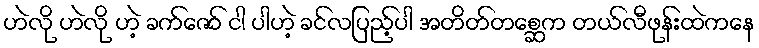
ဟဲလို ဟဲလို ဟဲ့ ခက်ဇော် ငါ ပါဟဲ့ ခင်လပြည့်ပါ အတိတ်တစ္ဆေက တယ်လီဖုန်းထဲကနေ